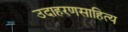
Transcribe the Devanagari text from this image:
उदाहरणसाहित्य